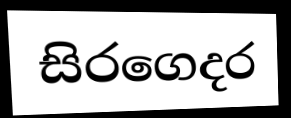
සිරගෙදර